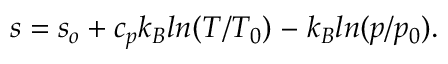
s = s _ { o } + c _ { p } k _ { B } l n ( T / T _ { 0 } ) \ – \ k _ { B } l n ( p / p _ { 0 } ) .